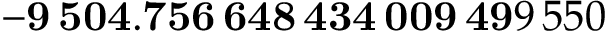
\mathbf { - 9 \, 5 0 4 . 7 5 6 \, 6 4 8 \, 4 3 4 \, 0 0 9 \, 4 9 } 9 \, 5 5 0